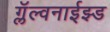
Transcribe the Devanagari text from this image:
ग्लॅल्वनाईझ्ड